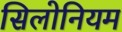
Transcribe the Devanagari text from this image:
सिलोनियम